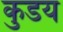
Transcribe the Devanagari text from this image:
कुडय